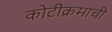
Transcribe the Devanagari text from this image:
कोटीक्रमाची